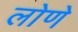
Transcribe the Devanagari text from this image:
लोणे